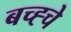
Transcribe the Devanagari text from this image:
बच्ह्चे